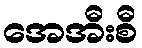
အေအီးစီ